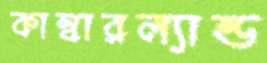
কাম্বারল্যান্ড